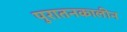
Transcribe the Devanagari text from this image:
पुरातनकालीन